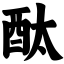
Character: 酞